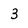
Character: 3